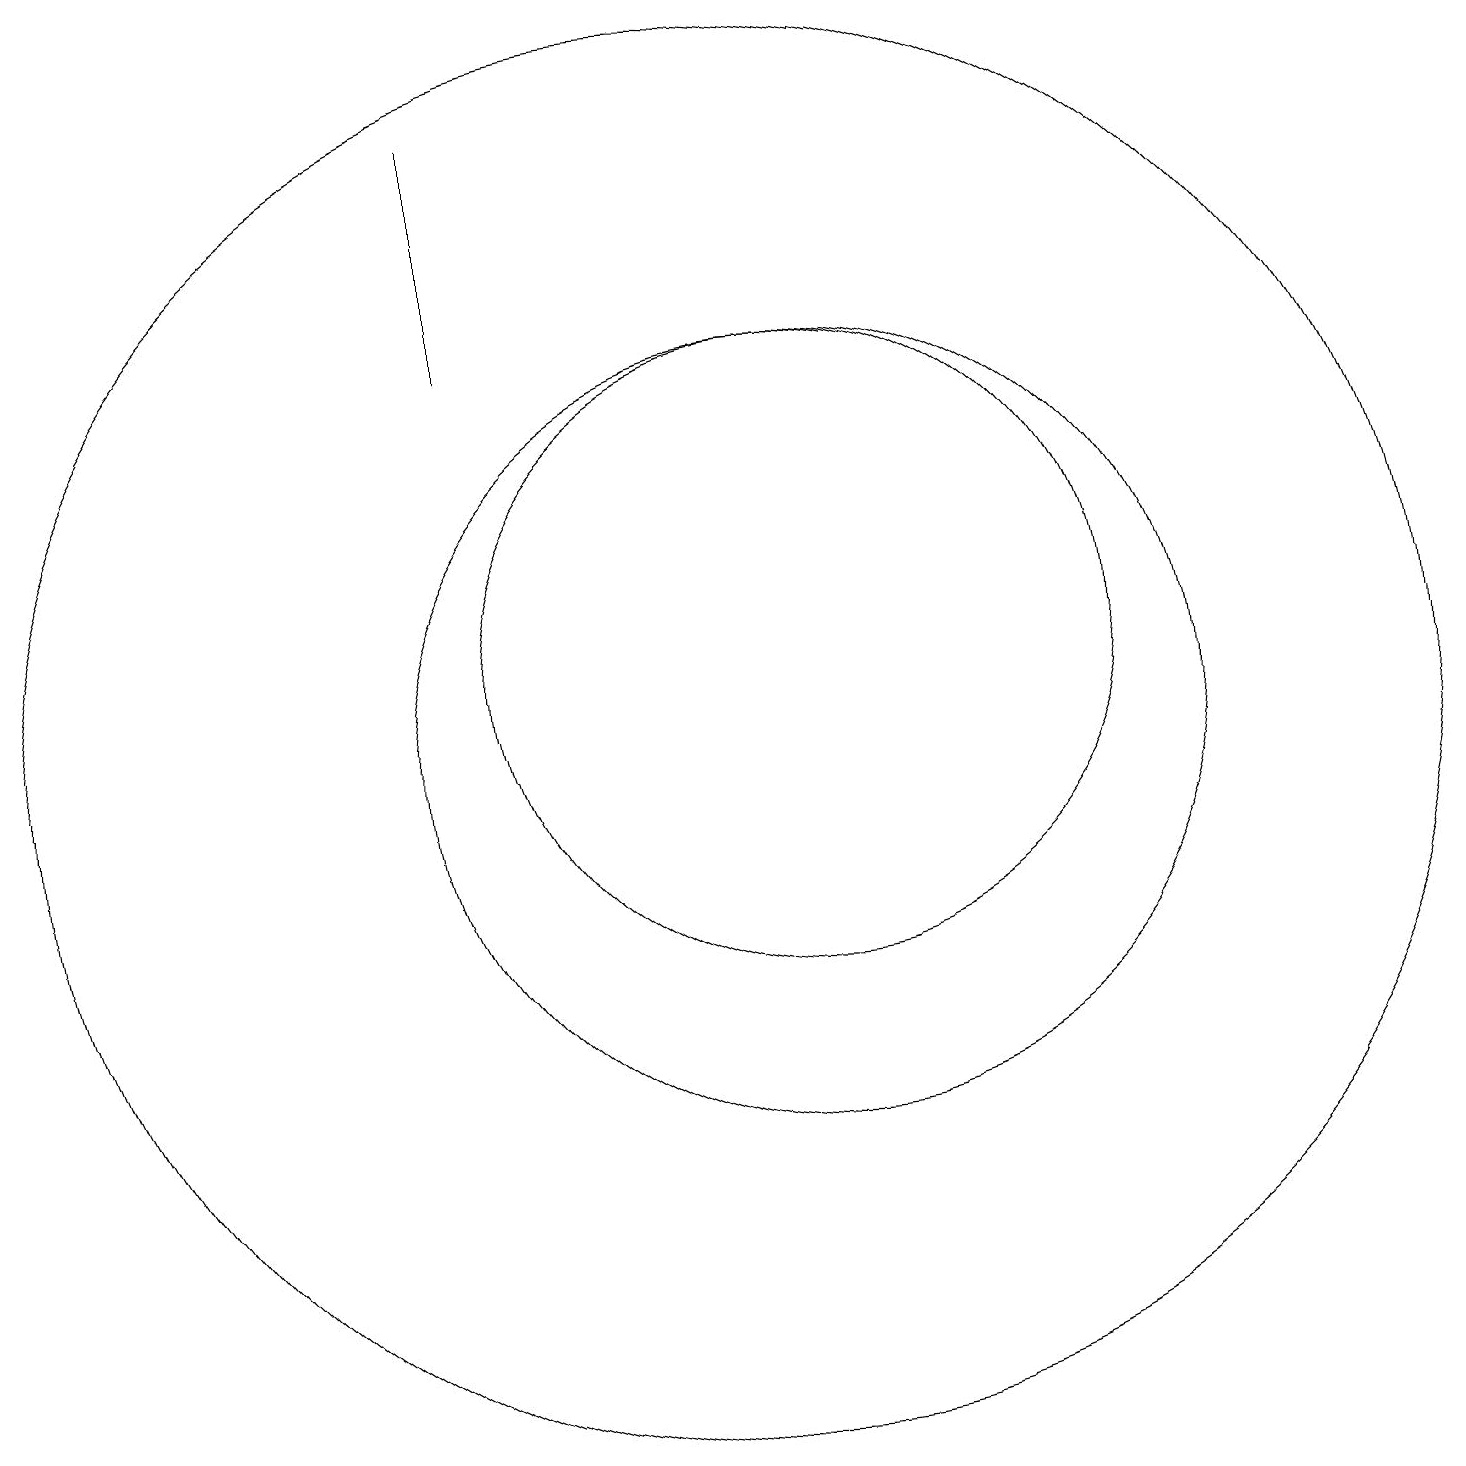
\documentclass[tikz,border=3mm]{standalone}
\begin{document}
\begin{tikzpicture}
\draw (11,10) circle (5);
\draw (10,10) circle (9);
\draw (7,15) rectangle (7,18);
\draw (11,11) circle (4);
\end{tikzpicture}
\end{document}